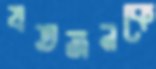
যতজনকে